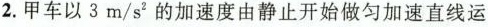
2.甲车以3m/s^{2}的加速度由静止开始做匀加速直线运